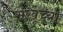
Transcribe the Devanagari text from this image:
सखूच्या